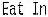
EAT IN